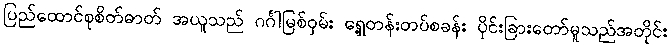
ပြည်ထောင်စုစိတ်ဓာတ် အယူသည် ဂင်္ဂါမြစ်ဝှမ်း ရှေ့တန်းတပ်စခန်း ပိုင်းခြားတော်မူသည်အတိုင်း